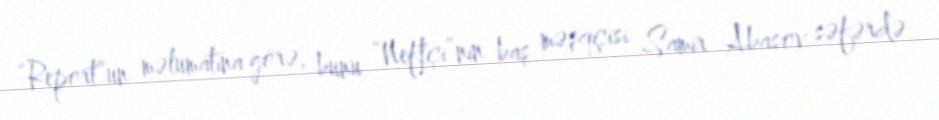
“Report”un məlumatına görə, bunu “Neftçi”nin baş məşqçisi Samir Abasov səfərdə